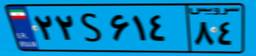
۲۲S۶۱۴۸۴